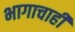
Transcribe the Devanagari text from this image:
भागाचाही